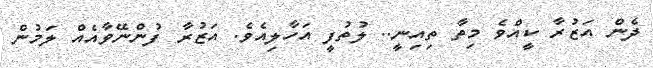
ދެން އަޒުރާ ކީއްވެ މިތާ ތިއިނީ.. ލުތުފީ އަހާލިއެވެ. އަޒުރާ ފުންނޭވާއެއް ލަމުން